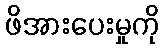
ဖိအားပေးမှုကို